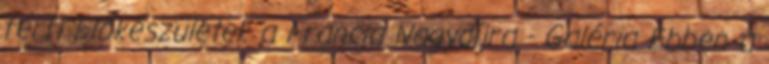
férfi Előkészületek a Francia Nagydíjra - Galéria Ebben a